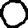
Digit: 0